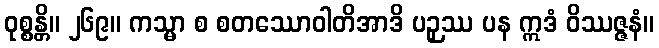
ဝုစ္စန္တိ။ ၂၆၉။ ကသ္မာ စ စတဿောဝါတိအာဒိ ပဉှဿ ပန ဣဒံ ဝိဿဇ္ဇနံ။